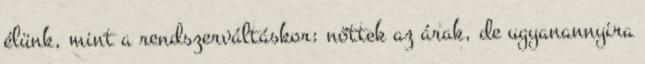
élünk, mint a rendszerváltáskor: nőttek az árak, de ugyanannyira